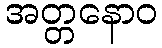
အတ္တနောဝ